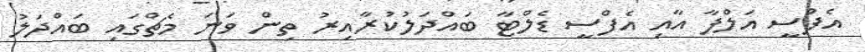
އެފްސީ އަލްފާ އާއި އެފްސީ ޑެލްޓާ ބައްދަލުކުރާއިރު ތިން ވަނަ މެޗްގައި ބައްދަލު